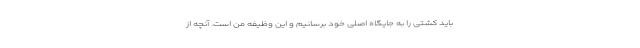
باید کشتی را به جایگاه اصلی خود برسانیم و این وظیفه من است. آنچه از